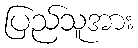
ပြည်သူအား